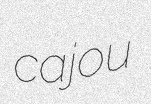
cajou